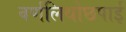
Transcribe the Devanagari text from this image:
वर्णलिथोछपाई